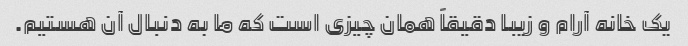
یک خانه آرام و زیبا دقیقاً همان چیزی است که ما به دنبال آن هستیم.